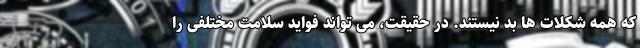
که همه شکلات ها بد نیستند. در حقیقت، می تواند فواید سلامت مختلفی را